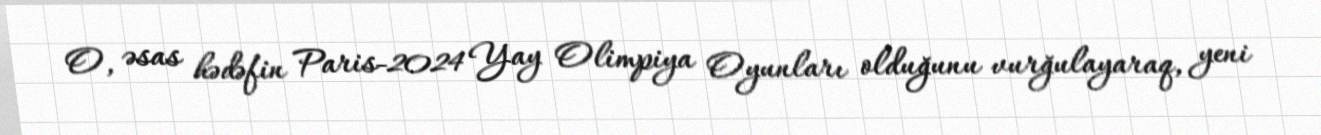
O, əsas hədəfin Paris-2024 Yay Olimpiya Oyunları olduğunu vurğulayaraq, yeni